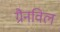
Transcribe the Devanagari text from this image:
ग्रैनविल